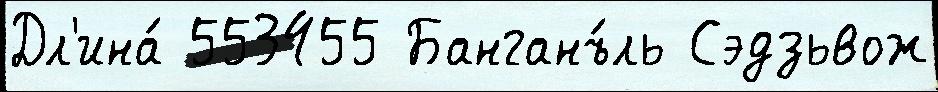
Дл'ина́ 553455 Банганъ́ль Сэдзьвож